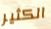
الكثير